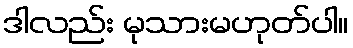
ဒါလည်း မုသားမဟုတ်ပါ။